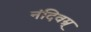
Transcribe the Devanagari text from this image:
नंदिवम्र्